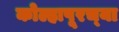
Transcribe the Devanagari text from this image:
कोल्हापूरच्‍या